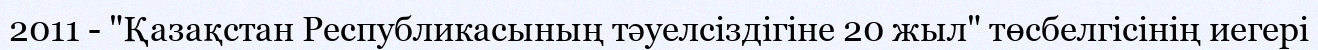
2011 - "Қазақстан Республикасының тәуелсіздігіне 20 жыл" төсбелгісінің иегері